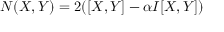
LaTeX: N ( X , Y ) = 2 ( [ X , Y ] - \alpha I [ X , Y ] )